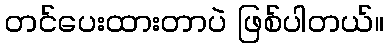
တင်ပေးထားတာပဲ ဖြစ်ပါတယ်။